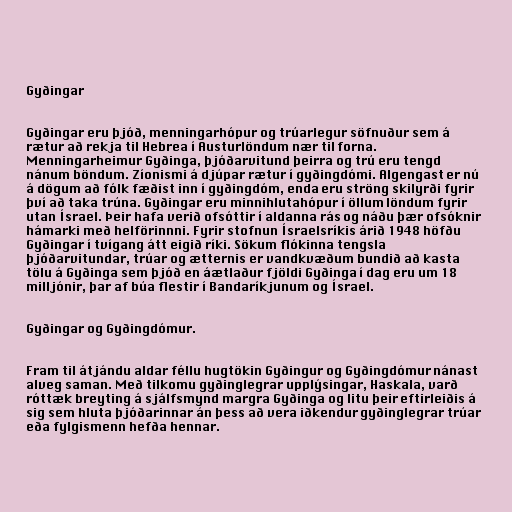
Gyðingar

Gyðingar eru þjóð, menningarhópur og trúarlegur söfnuður sem á
rætur að rekja til Hebrea í Austurlöndum nær til forna.
Menningarheimur Gyðinga, þjóðarvitund þeirra og trú eru tengd
nánum böndum. Zíonismi á djúpar rætur í gyðingdómi. Algengast er nú
á dögum að fólk fæðist inn í gyðingdóm, enda eru ströng skilyrði fyrir
því að taka trúna. Gyðingar eru minnihlutahópur í öllum löndum fyrir
utan Ísrael. Þeir hafa verið ofsóttir í aldanna rás og náðu þær ofsóknir
hámarki með helförinnni. Fyrir stofnun Ísraelsríkis árið 1948 höfðu
Gyðingar í tvígang átt eigið ríki. Sökum flókinna tengsla
þjóðarvitundar, trúar og ætternis er vandkvæðum bundið að kasta
tölu á Gyðinga sem þjóð en áætlaður fjöldi Gyðinga í dag eru um 18
milljónir, þar af búa flestir í Bandaríkjunum og Ísrael.

Gyðingar og Gyðingdómur.

Fram til átjándu aldar féllu hugtökin Gyðingur og Gyðingdómur nánast
alveg saman. Með tilkomu gyðinglegrar upplýsingar, Haskala, varð
róttæk breyting á sjálfsmynd margra Gyðinga og litu þeir eftirleiðis á
sig sem hluta þjóðarinnar án þess að vera iðkendur gyðinglegrar trúar
eða fylgismenn hefða hennar.